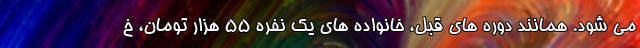
می شود. همانند دوره های قبل، خانواده های یک نفره ۵۵ هزار تومان، خ